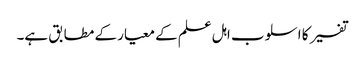
تفسیر کا اسلوب اہل علم کے معیار کے مطابق ہے۔